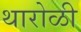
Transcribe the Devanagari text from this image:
थारोळी